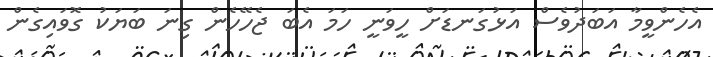
އެހެންވީމާ އަބަދުވެސް އަޅުގަނޑަށް ހީވަނީ ހަމަ އެބަ ޖެހޭހެން ގިނަ ބަޔަކު ގޮވައިގެން